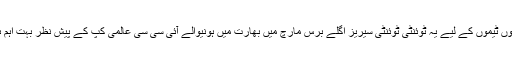
دونوں ٹیموں کے لیے یہ ٹوئنٹی ٹوئنٹی سیریز اگلے برس مارچ میں بھارت میں ہونیوالے آئی سی سی عالمی کپ کے پیش نظر بہت اہم ہے۔